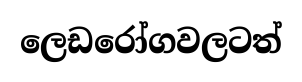
ලෙඩරෝගවලටත්